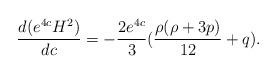
LaTeX: \begin{align*}\frac{d(e^{4c}H^2)}{dc}=-\frac{2e^{4c}}{3}(\frac{\rho (\rho+3p)}{12}+q).\end{align*}